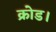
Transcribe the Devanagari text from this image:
क्रोड।